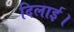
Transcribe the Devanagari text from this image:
दिलार्इ।